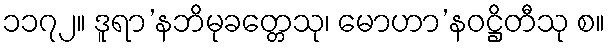
၁၁၇၂။ ဒူရာ’နဘိမုခတ္တေသု၊ မောဟာ’နဝဋ္ဌိတီသု စ။